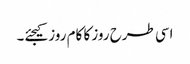
اسی طرح روز کا کام روز کیجئے۔